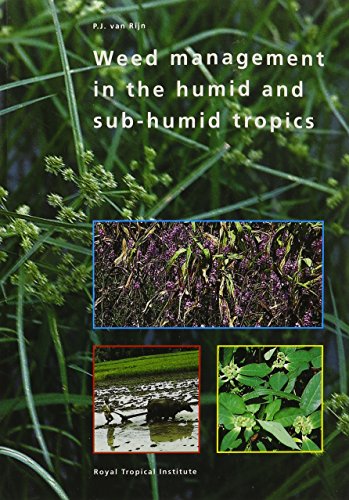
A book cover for Weed Management in the Humid and Sub-Humid Tropics; Science & Math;